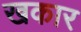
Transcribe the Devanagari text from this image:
खकार